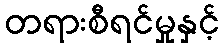
တရားစီရင်မှုနှင့်